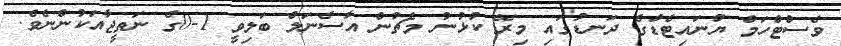
ވެސްޓްހަމް ޔުނައިޓެޑްގެ ދަނޑުގައި މިރޭ ކުޅުނު މެޗުން އާސެނަލް ބަލިވީ 1-0ގެ ނަތީޖާއަކުންނެވެ.